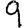
Digit: 9